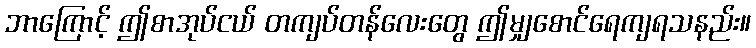
ဘာကြောင့် ဤစာအုပ်ငယ် တကျပ်တန်လေးတွေ ဤမျှစောင်ရေကျရသနည်း။